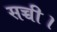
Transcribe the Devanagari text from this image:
सच्ची।